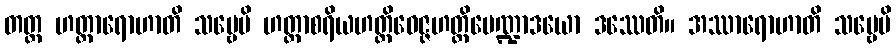
တတ္ထ ဟတ္ထာရောဟာတိ သဗ္ဗေပိ ဟတ္ထာစရိယဟတ္ထိဝေဇ္ဇဟတ္ထိမေဏ္ဍာဒယော ဒဿေတိ။ အဿာရောဟာတိ သဗ္ဗေပိ